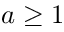
a \ge 1